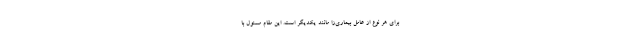
برای هر نوع از عامل بیماری‌زا مانند یکدیگر است. این مقام مسئول با